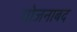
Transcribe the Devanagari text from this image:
योजनाबद